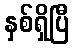
နှစ်ရှိပြီ